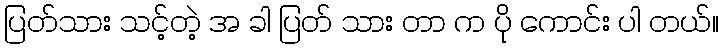
ပြတ်သား သင့်တဲ့ အ ခါ ပြတ် သား တာ က ပို ကောင်း ပါ တယ်။